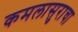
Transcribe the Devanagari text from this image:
कमलासुराचा